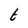
Character: t